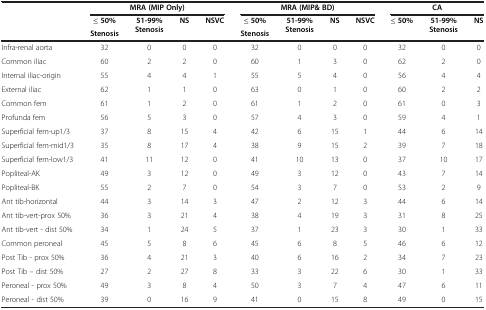
<table><thead><tr><td><b> </b></td><td colspan="4"><b>MRA (MIP Only)</b></td><td colspan="4"><b>MRA (MIP&amp; BD)</b></td><td colspan="3"><b>CA</b></td></tr><tr><td rowspan="2"><b> </b></td><td><b>≤ 50%</b></td><td rowspan="2"><b>51-99% Stenosis</b></td><td rowspan="2"><b>NS</b></td><td rowspan="2"><b>NSVC</b></td><td><b>≤ 50%</b></td><td rowspan="2"><b>51-99% Stenosis</b></td><td rowspan="2"><b>NS</b></td><td rowspan="2"><b>NSVC</b></td><td><b>≤ 50%</b></td><td rowspan="2"><b>51-99% Stenosis</b></td><td rowspan="2"><b>NS</b></td></tr><tr><td><b>Stenosis</b></td><td><b>Stenosis</b></td><td><b> </b></td></tr></thead><tbody><tr><td>Infra-renal aorta</td><td>32</td><td>0</td><td>0</td><td>0</td><td>32</td><td>0</td><td>0</td><td>0</td><td>32</td><td>0</td><td>0</td></tr><tr><td>Common iliac</td><td>60</td><td>2</td><td>2</td><td>0</td><td>60</td><td>1</td><td>3</td><td>0</td><td>62</td><td>2</td><td>0</td></tr><tr><td>Internal iliac-origin</td><td>55</td><td>4</td><td>4</td><td>1</td><td>55</td><td>5</td><td>4</td><td>0</td><td>56</td><td>4</td><td>4</td></tr><tr><td>External iliac</td><td>62</td><td>1</td><td>1</td><td>0</td><td>63</td><td>0</td><td>1</td><td>0</td><td>60</td><td>2</td><td>2</td></tr><tr><td>Common fem</td><td>61</td><td>1</td><td>2</td><td>0</td><td>61</td><td>1</td><td>2</td><td>0</td><td>61</td><td>0</td><td>3</td></tr><tr><td>Profunda fem</td><td>56</td><td>5</td><td>3</td><td>0</td><td>57</td><td>4</td><td>3</td><td>0</td><td>59</td><td>4</td><td>1</td></tr><tr><td>Superficial fem-up1/3</td><td>37</td><td>8</td><td>15</td><td>4</td><td>42</td><td>6</td><td>15</td><td>1</td><td>44</td><td>6</td><td>14</td></tr><tr><td>Superficial fem-mid1/3</td><td>35</td><td>8</td><td>17</td><td>4</td><td>38</td><td>9</td><td>15</td><td>2</td><td>39</td><td>7</td><td>18</td></tr><tr><td>Superficial fem-low1/3</td><td>41</td><td>11</td><td>12</td><td>0</td><td>41</td><td>10</td><td>13</td><td>0</td><td>37</td><td>10</td><td>17</td></tr><tr><td>Popliteal-AK</td><td>49</td><td>3</td><td>12</td><td>0</td><td>49</td><td>3</td><td>12</td><td>0</td><td>43</td><td>7</td><td>14</td></tr><tr><td>Popliteal-BK</td><td>55</td><td>2</td><td>7</td><td>0</td><td>54</td><td>3</td><td>7</td><td>0</td><td>53</td><td>2</td><td>9</td></tr><tr><td>Ant tib-horizontal</td><td>44</td><td>3</td><td>14</td><td>3</td><td>47</td><td>2</td><td>12</td><td>3</td><td>44</td><td>6</td><td>14</td></tr><tr><td>Ant tib-vert-prox 50%</td><td>36</td><td>3</td><td>21</td><td>4</td><td>38</td><td>4</td><td>19</td><td>3</td><td>31</td><td>8</td><td>25</td></tr><tr><td>Ant tib-vert - dist 50%</td><td>34</td><td>1</td><td>24</td><td>5</td><td>37</td><td>1</td><td>23</td><td>3</td><td>30</td><td>1</td><td>33</td></tr><tr><td>Common peroneal</td><td>45</td><td>5</td><td>8</td><td>6</td><td>45</td><td>6</td><td>8</td><td>5</td><td>46</td><td>6</td><td>12</td></tr><tr><td>Post Tib - prox 50%</td><td>36</td><td>4</td><td>21</td><td>3</td><td>40</td><td>6</td><td>16</td><td>2</td><td>34</td><td>7</td><td>23</td></tr><tr><td>Post Tib – dist 50%</td><td>27</td><td>2</td><td>27</td><td>8</td><td>33</td><td>3</td><td>22</td><td>6</td><td>30</td><td>1</td><td>33</td></tr><tr><td>Peroneal - prox 50%</td><td>49</td><td>3</td><td>8</td><td>4</td><td>50</td><td>3</td><td>7</td><td>4</td><td>47</td><td>6</td><td>11</td></tr><tr><td>Peroneal - dist 50%</td><td>39</td><td>0</td><td>16</td><td>9</td><td>41</td><td>0</td><td>15</td><td>8</td><td>49</td><td>0</td><td>15</td></tr></tbody></table>